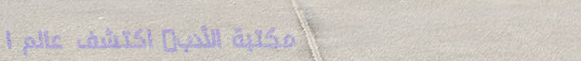
مكتبة الأدب: اكتشف عالم ا